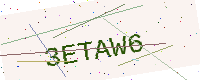
Text: 3ETAW6